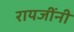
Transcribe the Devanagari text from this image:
रायजींनी